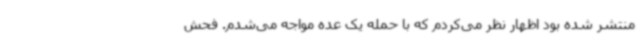
منتشر شده بود اظهار نظر می‌کردم که با حمله یک عده مواجه می‌شدم. فحش